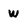
Character: w